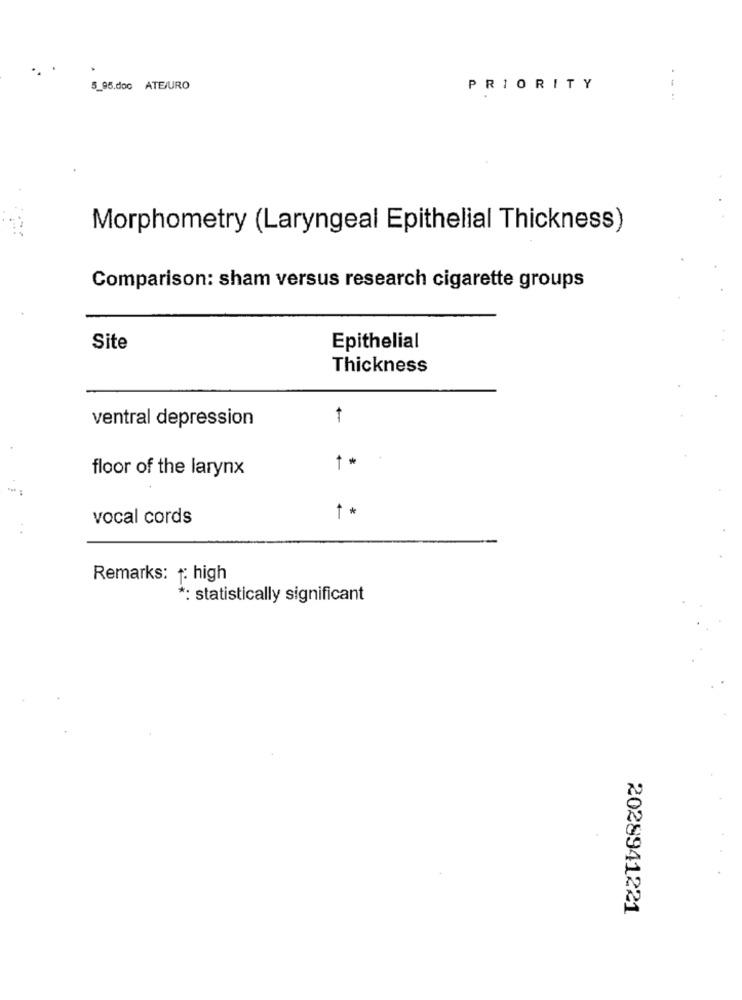
5_95.doc ATEJURO
PRIORITY
.-
Morphometry (Laryngeal Epithelial Thickness)
Comparison: sham versus research cigarette groups
Site
Epithelial
Thickness
ventral depression
floor of the larynx
t *
vocal cords
t *
Remarks: 1: high
*: statistically significant
2028941221